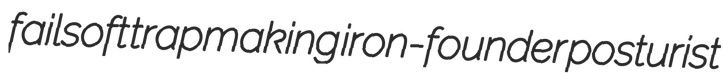
failsoft trapmaking iron-founder posturist